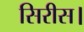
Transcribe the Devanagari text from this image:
सिरीस।